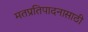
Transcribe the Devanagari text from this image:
मतप्रतिपादनासाठी